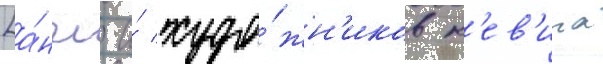
[а́нгл. и́ худо́жн'иков к'ев'ина